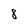
Character: 8